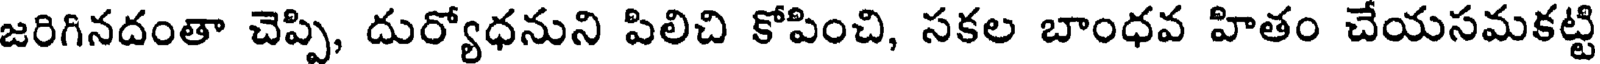
జరిగినదంతా చెప్పి, దుర్యోధనుని పిలిచి కోపించి, సకల బాంధవ హితం చేయసమకట్టి